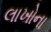
લાખોના